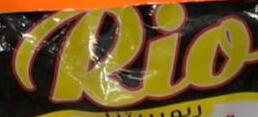
Rio